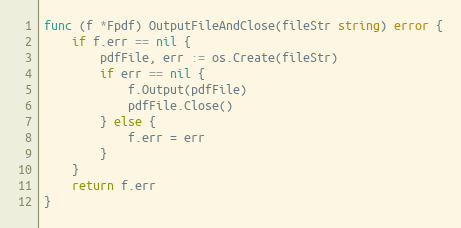
Language: Go
func (f *Fpdf) OutputFileAndClose(fileStr string) error {
	if f.err == nil {
		pdfFile, err := os.Create(fileStr)
		if err == nil {
			f.Output(pdfFile)
			pdfFile.Close()
		} else {
			f.err = err
		}
	}
	return f.err
}